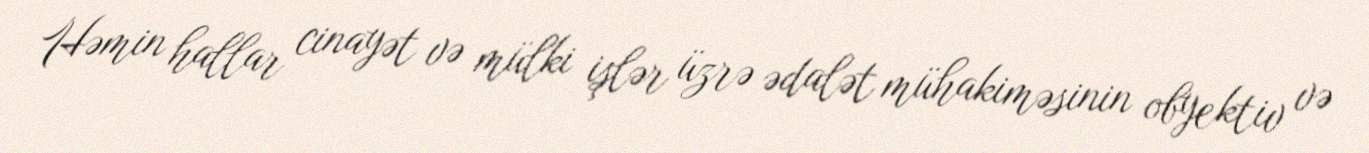
Həmin hallar cinayət və mülki işlər üzrə ədalət mühakiməsinin obyektiv və